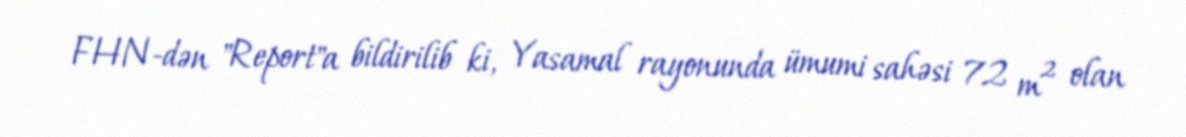
FHN-dən "Report"a bildirilib ki, Yasamal rayonunda ümumi sahəsi 72 m² olan